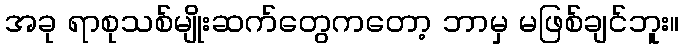
အခု ရာစုသစ်မျိုးဆက်တွေကတော့ ဘာမှ မဖြစ်ချင်ဘူး။